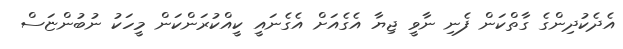
އެދެކުދިންގެ ގާތްކަން ފެނި ނާވީ ޖިޔާ އެގެއަށް އެގެނައީ ކީއްކުރަންކަން މީހަކު ނުބުންޏަސް